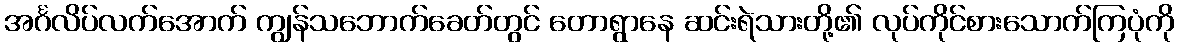
အင်္ဂလိပ်လက်အောက် ကျွန်သဘောက်ခေတ်တွင် တောရွာနေ ဆင်းရဲသားတို့၏ လုပ်ကိုင်စားသောက်ကြပုံကို